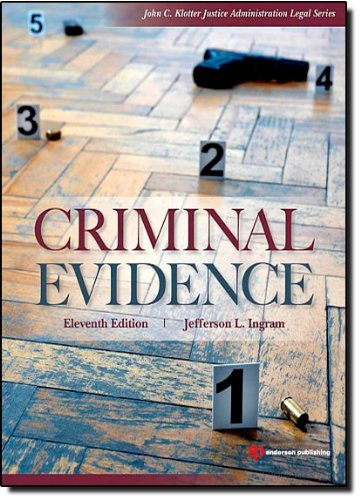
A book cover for Criminal Evidence; Jefferson L. Ingram; Law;